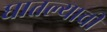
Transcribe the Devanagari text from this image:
घातल्याची